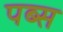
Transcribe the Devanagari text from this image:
पब्स